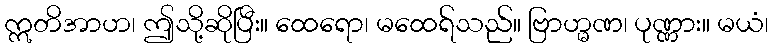
ဣတိအာဟ၊ ဤသို့ဆိုပြီး။ ထေရော၊ မထေရ်သည်။ ဗြာဟ္မဏ၊ ပုဏ္ဏား။ မယံ၊